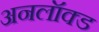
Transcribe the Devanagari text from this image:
अनलॉक्ड